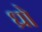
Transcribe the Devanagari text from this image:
ध्रो